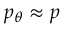
p _ { \boldsymbol { \theta } } \approx p